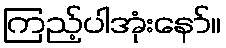
ကြည့်ပါအုံးနော်။